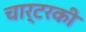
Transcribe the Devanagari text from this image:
चार्टरकी